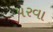
પરવા